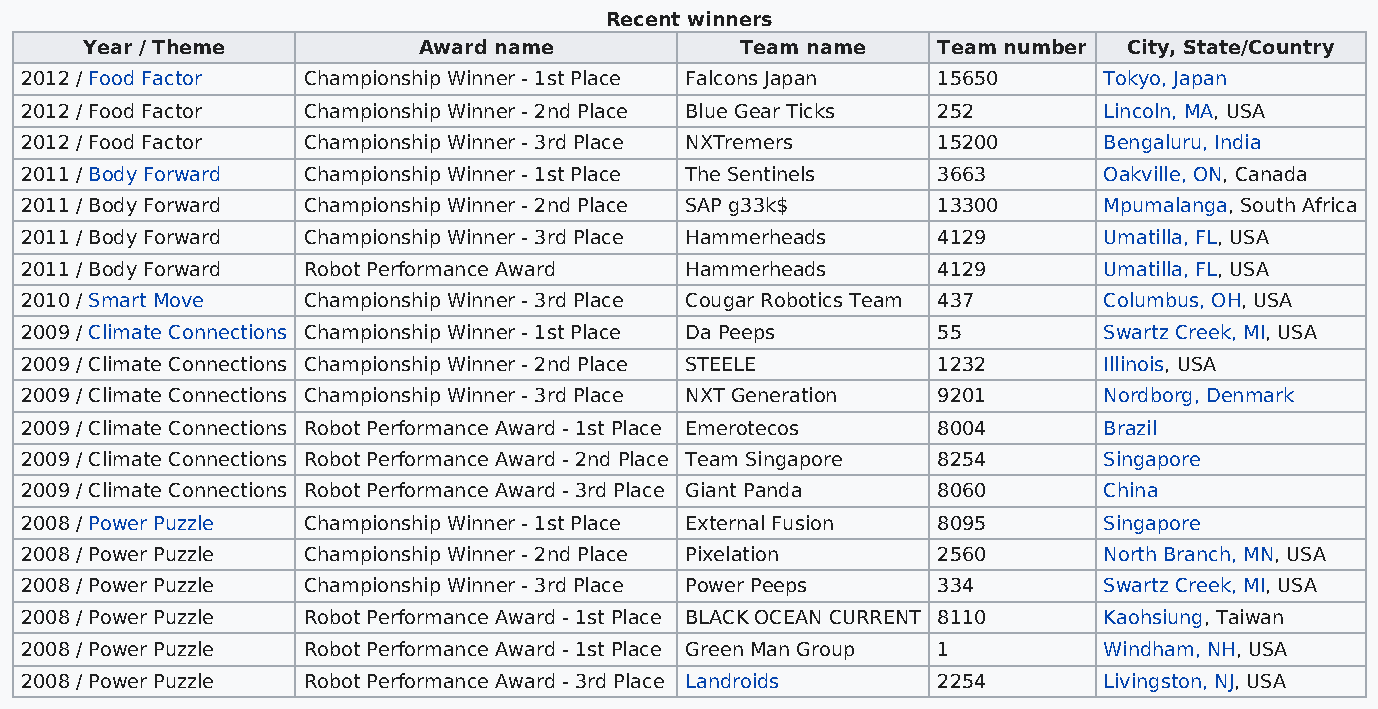
Recent winners
 Year / Theme           Award name           Team name    Team number  City, State/Country
 2012 / Food Factor Championship Winner - 1st Place Falcons Japan 15650  Tokyo, Japan
 2012 / Food Factor Championship Winner - 2nd Place Blue Gear Ticks 252  Lincoln, MA, USA
 2012 / Food Factor Championship Winner - 3rd Place NXTremers 15200      Bengaluru, India
 2011 / Body Forward Championship Winner - 1st Place The Sentinels 3663  Oakville, ON, Canada
 2011 / Body Forward Championship Winner - 2nd Place SAP g33k$ 13300     Mpumalanga, South Africa
 2011 / Body Forward Championship Winner - 3rd Place Hammerheads 4129    Umatilla, FL, USA
 2011 / Body Forward Robot Performance Award Hammerheads      4129       Umatilla, FL, USA
 2010 / Smart Move  Championship Winner - 3rd Place Cougar Robotics Team 437 Columbus, OH, USA
 2009 / Climate Connections Championship Winner - 1st Place Da Peeps 55  Swartz Creek, MI, USA
 2009 / Climate Connections Championship Winner - 2nd Place STEELE 1232  Illinois, USA
 2009 / Climate Connections Championship Winner - 3rd Place NXT Generation 9201 Nordborg, Denmark
 2009 / Climate Connections Robot Performance Award - 1st Place Emerotecos 8004 Brazil
 2009 / Climate Connections Robot Performance Award - 2nd Place Team Singapore 8254 Singapore
 2009 / Climate Connections Robot Performance Award - 3rd Place Giant Panda 8060 China
 2008 / Power Puzzle Championship Winner - 1st Place External Fusion 8095 Singapore
 2008 / Power Puzzle Championship Winner - 2nd Place Pixelation 2560     North Branch, MN, USA
 2008 / Power Puzzle Championship Winner - 3rd Place Power Peeps 334     Swartz Creek, MI, USA
 2008 / Power Puzzle Robot Performance Award - 1st Place BLACK OCEAN CURRENT 8110 Kaohsiung, Taiwan
 2008 / Power Puzzle Robot Performance Award - 1st Place Green Man Group 1 Windham, NH, USA
 2008 / Power Puzzle Robot Performance Award - 3rd Place Landroids 2254  Livingston, NJ, USA